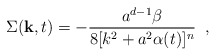
\begin{align*}\Sigma({\bf k},t)=-\frac{a^{d-1}\beta}{8[k^{2}+a^{2}\alpha(t)]^{n}} \;\;,\end{align*}